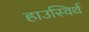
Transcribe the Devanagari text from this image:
हाउस्विर्थ